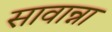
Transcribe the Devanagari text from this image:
सावान्ना